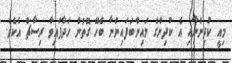
މިއީ ކުދިންނާއި އެ ކުދިންގެ މައިންބަފައިންނާ ބެހޭ ގޮތުން ހަދާފައިވާ ރިސާޗް އެކެވެ.